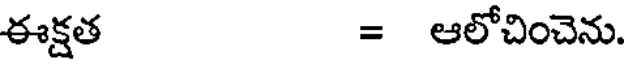
ఈక్షత = ఆలోచించెను.